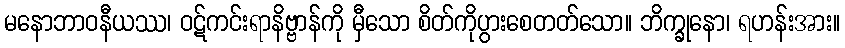
မနောဘာဝနီယဿ၊ ဝဋ်ကင်းရာနိဗ္ဗာန်ကို မှီသော စိတ်ကိုပွားစေတတ်သော။ ဘိက္ခုနော၊ ရဟန်းအား။